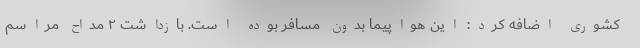
کشوری اضافه کرد: این هواپیما بدون مسافر بوده است. بازداشت ۲ مداح مراسم